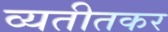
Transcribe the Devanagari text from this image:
व्यतीतकर